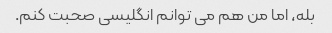
بله، اما من هم می توانم انگلیسی صحبت کنم.